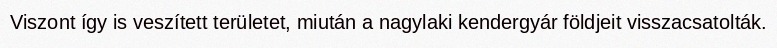
Viszont így is veszített területet, miután a nagylaki kendergyár földjeit visszacsatolták.